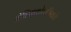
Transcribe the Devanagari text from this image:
मेक्सिकोवासियांचे